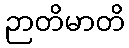
ဉာတိမာတိ